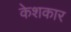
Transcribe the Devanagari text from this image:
केशकार